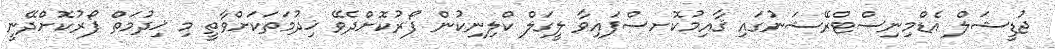
ޖުޑީޝަލް އެޑްމިނިސްޓްރޭޝަނުގައި ޤާއިމުކޮށސްފައިވާ ލީގަލް ކްލިނިކުން ފޯރުކޮށްދެވޭ ޚިދުމަތަކަށްވާތީ މި ޚިދުމަތް ފޯރުކޮށްދޭނީ